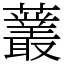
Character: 䕺